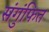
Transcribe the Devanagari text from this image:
संगुंफित